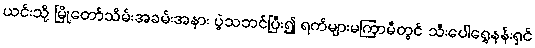
ယင်းသို့ မြို့တော်သိမ်းအခမ်းအနား ပွဲသဘင်ပြီး၍ ရက်များမကြာမီတွင် သီးပေါရွှေနန်းရှင်